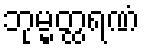
ဘုမ္မတ္ထရဏံ